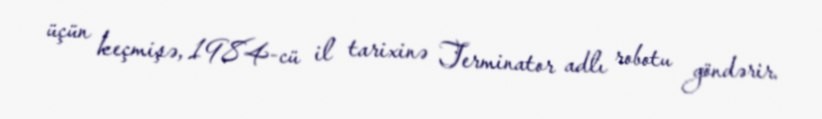
üçün keçmişə, 1984-cü il tarixinə Terminator adlı robotu göndərir.